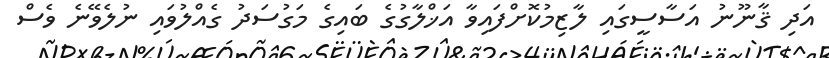
އަދި ޤާނޫނު އަސާސީގައި ލާޒިމުކޮށްފައިވާ އަޚްލާގުގެ ބައިގެ މަގުސަދު ގެއްލުވައި ނުލެވޭނެ ވެސް